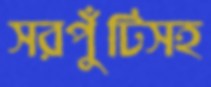
সরপুঁটিসহ